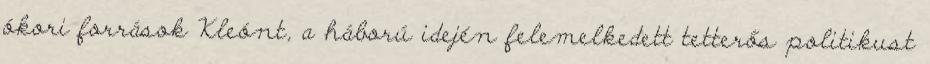
ókori források Kleónt, a háború idején felemelkedett tetterős politikust